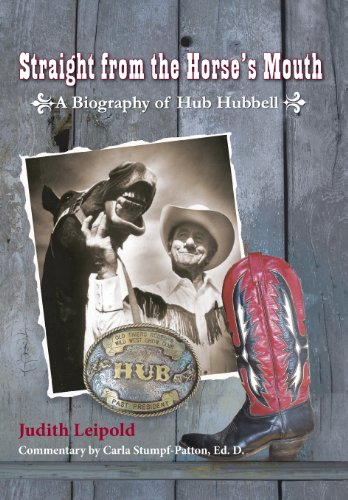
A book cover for Straight from the Horse's Mouth, a Biography of Hub Hubbell; Judith Leipold; Sports & Outdoors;